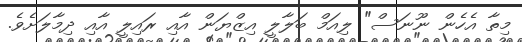
މިތާ އެހެން ނޫނަސް" ލިއަމް ބަލާލީ އިޒްޔަން އާއި ރައިލީ އާއި ދިމާލަށެވެ.